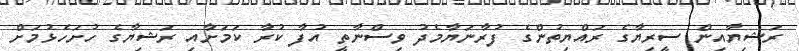
ރަޝިޔާއިން ސީރިޔާގެ ރައްޔިތުންގެ ފުރާނަޔާމެދު ވިސްނާތީ އުފާ ކުރާ ކަމަށާއި ރަޝިޔާގެ ހުށަހެޅުމަށް